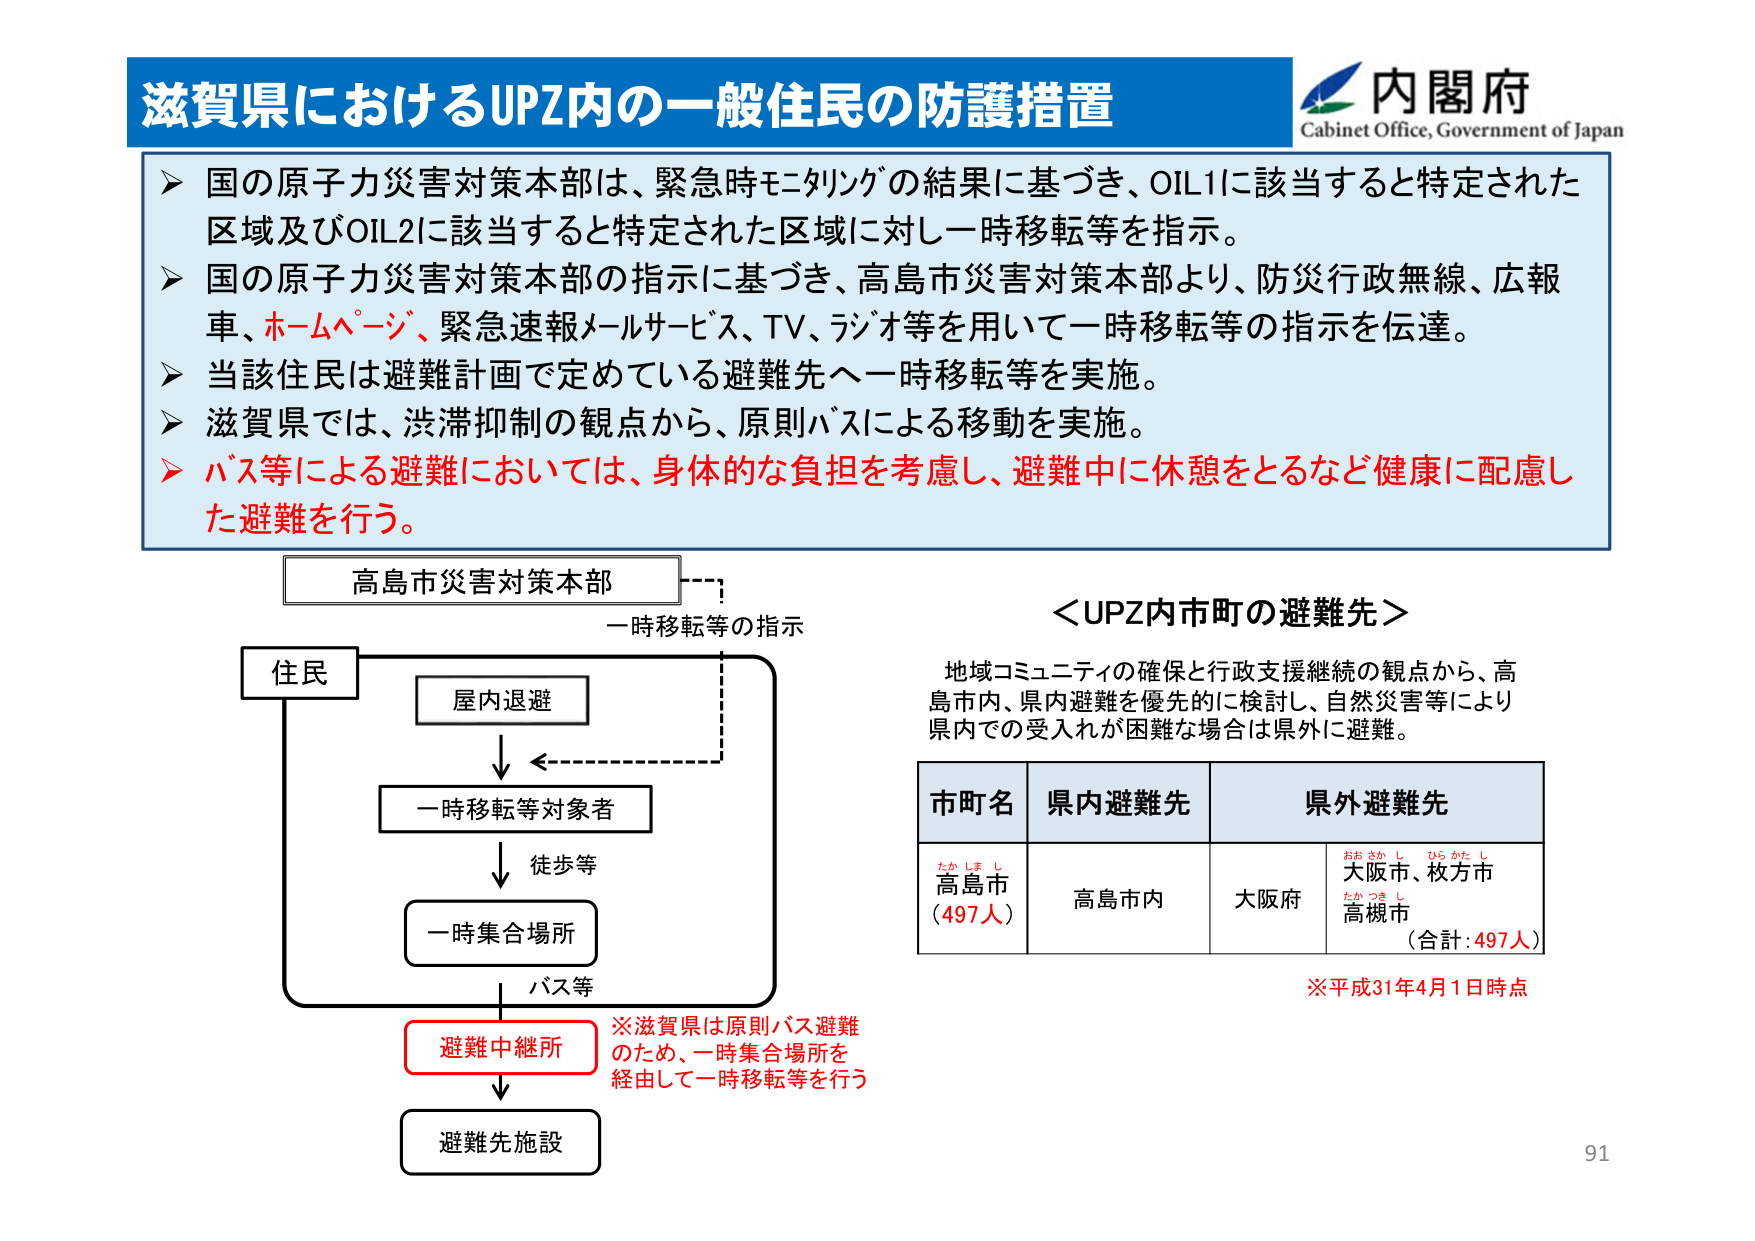
滋賀県におけるUPZ内の一一般住民の防護措置
内閣府
Cabinet Office, Government of Japan

▶ 国の原子力災害対策本部は、緊急時モニタリングの結果に基づき、OIL1に該当すると特定された区域及びOIL2に該当すると特定された区域に対し一時移転等を指示。
▶ 国の原子力災害対策本部の指示に基づき、高島市災害対策本部より、防災行政無線、広報車、ホームページ、緊急速報メールサービス、TV、ラジオ等を用いて一時移転等の指示を伝達。
▶ 当該住民は避難計画で定めている避難先へ一時移転等を実施。
▶ 滋賀県では、渋滞抑制の観点から、原則バスによる移動を実施。
▶ バス等による避難においては、身体的な負担を考慮し、避難中に休憩をとるなど健康に配慮した避難を行う。

高島市災害対策本部
一時移転等の指示

住民
屋内退避
一時移転等対象者
徒歩等
一時集合場所
バス等
避難中継所
避難先施設

※滋賀県は原則バス避難のため、一時集合場所を経由して一時移転等を行う

＜UPZ内市町の避難先＞
地域コミュニティの確保と行政支援継続の観点から、高島市内、県内避難を優先的に検討し、自然災害等により県内での受入れが困難な場合は県外に避難。

市町名　県内避難先　県外避難先
たかしまし
高島市
（497人）
高島市内
大阪府
おおさかし　ひらかたし
大阪市、枚方市
たかつきし
高槻市
（合計：497人）

※平成31年4月1日時点

91